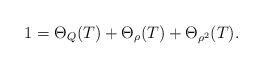
LaTeX: \begin{align*}1=\Theta_{Q}(T)+\Theta_{\rho}(T)+\Theta_{\rho^2}(T).\end{align*}